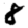
Digit: 8